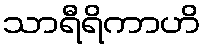
သာရီရိကာဟိ